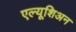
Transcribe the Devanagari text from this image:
एल्यूशिअन